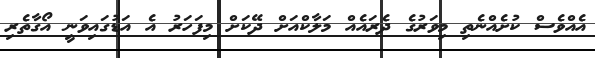
އެއްވެސް ކުށެއްނެތި މިވަރުގެ ދެރައެއް މަލާކްއަށް ދޭކަށް މިފަހަރު އެ އަޑުގައިވަނީ އޯގާތެރި